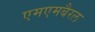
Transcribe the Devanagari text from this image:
एमएमबैरल